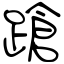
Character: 蹌